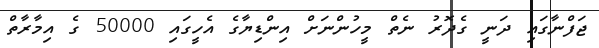
ޖަފްނާގައި ދަނީ ގެދޮރު ނެތް މީހުންނަށް އިންޑިޔާގެ އެހީގައި 50000 ގެ އިމާރާތް